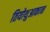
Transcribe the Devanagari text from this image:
तियोथुआकान